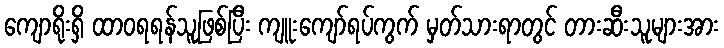
ကျောရိုးရှိ ထာဝရရန်သူဖြစ်ပြီး ကျူးကျော်ရပ်ကွက် မှတ်သားရာတွင် တားဆီးသူများအား